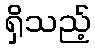
ရှိသည့်